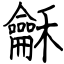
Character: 龢